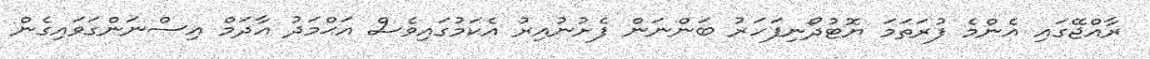
ރާއްޖޭގައި އެންމެ ފުރަތަމަ ޔޮޓުދޯނިފަހަރު ބަންނަން ފެށުނުއިރު އެކަމުގައިވެސް އަޙްމަދު އާދަމް އިސްނަންގަވައިގެން